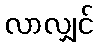
လာလျှင်